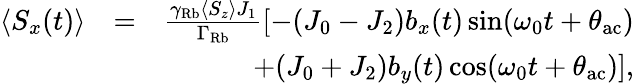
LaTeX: \begin{array}{rlr}{\langle S_{x}(t)\rangle}&{=}&{\frac{\gamma_{\mathrm{Rb}}\langle S_{z}\rangle J_{1}}{\Gamma_{\mathrm{Rb}}}\left[-(J_{0}-J_{2})b_{x}(t)\sin(\omega_{0}t+\theta_{\mathrm{ac}})\right.}\\ &{}&{\left.+(J_{0}+J_{2})b_{y}(t)\cos(\omega_{0}t+\theta_{\mathrm{ac}})\right],}\end{array}